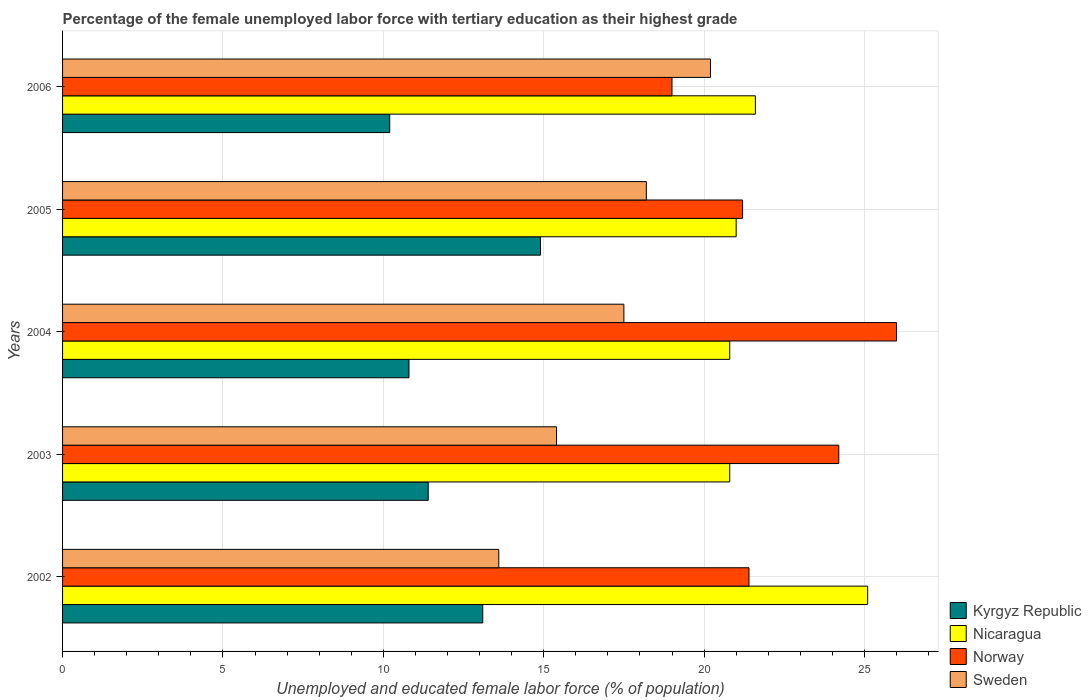
| Years | Kyrgyz Republic | Nicaragua | Norway | Sweden |
 | --- | --- | --- | --- | --- |
 | 2002 | 13.1 | 25.1 | 21.4 | 13.6 |
 | 2003 | 11.4 | 20.8 | 24.2 | 15.4 |
 | 2004 | 10.8 | 20.8 | 26 | 17.5 |
 | 2005 | 14.9 | 21 | 21.2 | 18.2 |
 | 2006 | 10.2 | 21.6 | 19 | 20.2 |